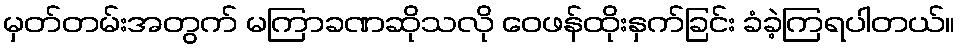
မှတ်တမ်းအတွက် မကြာခဏဆိုသလို ဝေဖန်ထိုးနှက်ခြင်း ခံခဲ့ကြရပါတယ်။